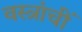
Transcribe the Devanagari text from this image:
वस्त्रांचीं